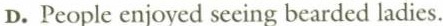
D. People enjoyed seeing bearded ladies.